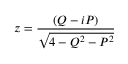
z = \frac { ( Q - i P ) } { \sqrt { 4 - Q ^ { 2 } - P ^ { 2 } } }